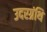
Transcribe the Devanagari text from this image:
उदरग्रंथि